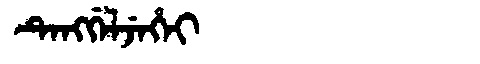
Manchu: ᡨᡝᠩᡤᡝᠯᠵᡝᡥᡝᡳ
Romanization: TENGGELJEHEI